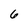
Character: 6